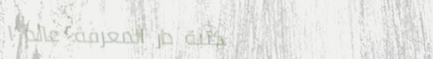
مكتبة دار المعرفة: عالم ا